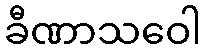
ခီဏာသဝေါ